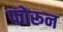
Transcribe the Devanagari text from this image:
फोरून